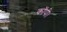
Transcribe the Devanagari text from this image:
कॉपी।